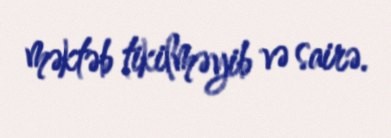
məktəb tikilməyib və sairə.